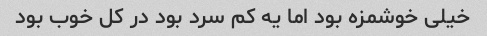
خیلی خوشمزه بود اما یه کم سرد بود در کل خوب بود